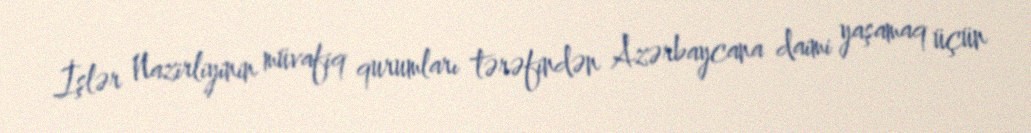
İşlər Nazirliyinin müvafiq qurumları tərəfindən Azərbaycana daimi yaşamaq üçün